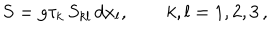
S = g \tau _ { k } \, S _ { k l } \, d x _ { l } , \qquad k , l = 1 , 2 , 3 \, ,